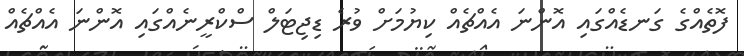
ފޮތެއްގެ ގަނޑެއްގައި އޮންނަ އެއްޗެއް ކިޔުމަށް ވުރެ ޑިޖިޓަލް ސްކްރީނެއްގައި އޮންނަ އެއްޗެއް